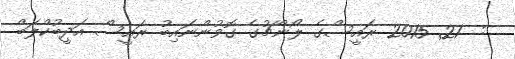
:  21